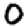
Digit: 0